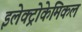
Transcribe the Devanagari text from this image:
इलेक्ट्रोकेमिकल